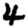
Digit: 4